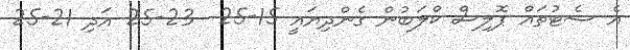
އެ ސެޓުތައް ޕޮލިސް ކްލަބުން ގެންދިޔައީ 15-25  23-25 އަދި 21-25